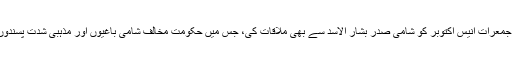
دمشق میں شام کے سرکاری میڈیا کے مطابق ایرانی جنرل باقری نے جمعرات انیس اکتوبر کو شامی صدر بشار الاسد سے بھی ملاقات کی، جس میں حکومت مخالف شامی باغیوں اور مذہبی شدت پسندوں سے متعلق ایک مشترکہ عسکری حکمت عملی پر تبادلہ خیال کیا گیا۔